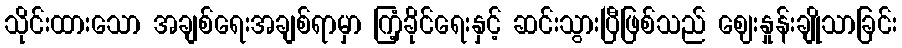
သိုင်းထားသော အချစ်ရေးအချစ်ရာမှာ ကြံ့ခိုင်ရေးနှင့် ဆင်းသွားပြီဖြစ်သည် ဈေးနှုန်းချိုသာခြင်း